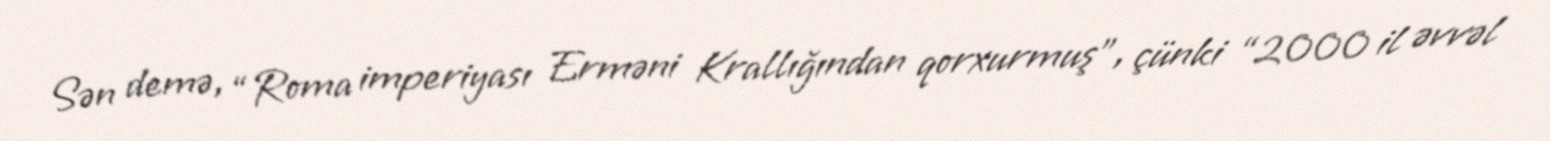
Sən demə, “Roma imperiyası Erməni Krallığından qorxurmuş”, çünki “2000 il əvvəl